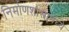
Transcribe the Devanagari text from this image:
निर्माणशास्त्रामध्ये